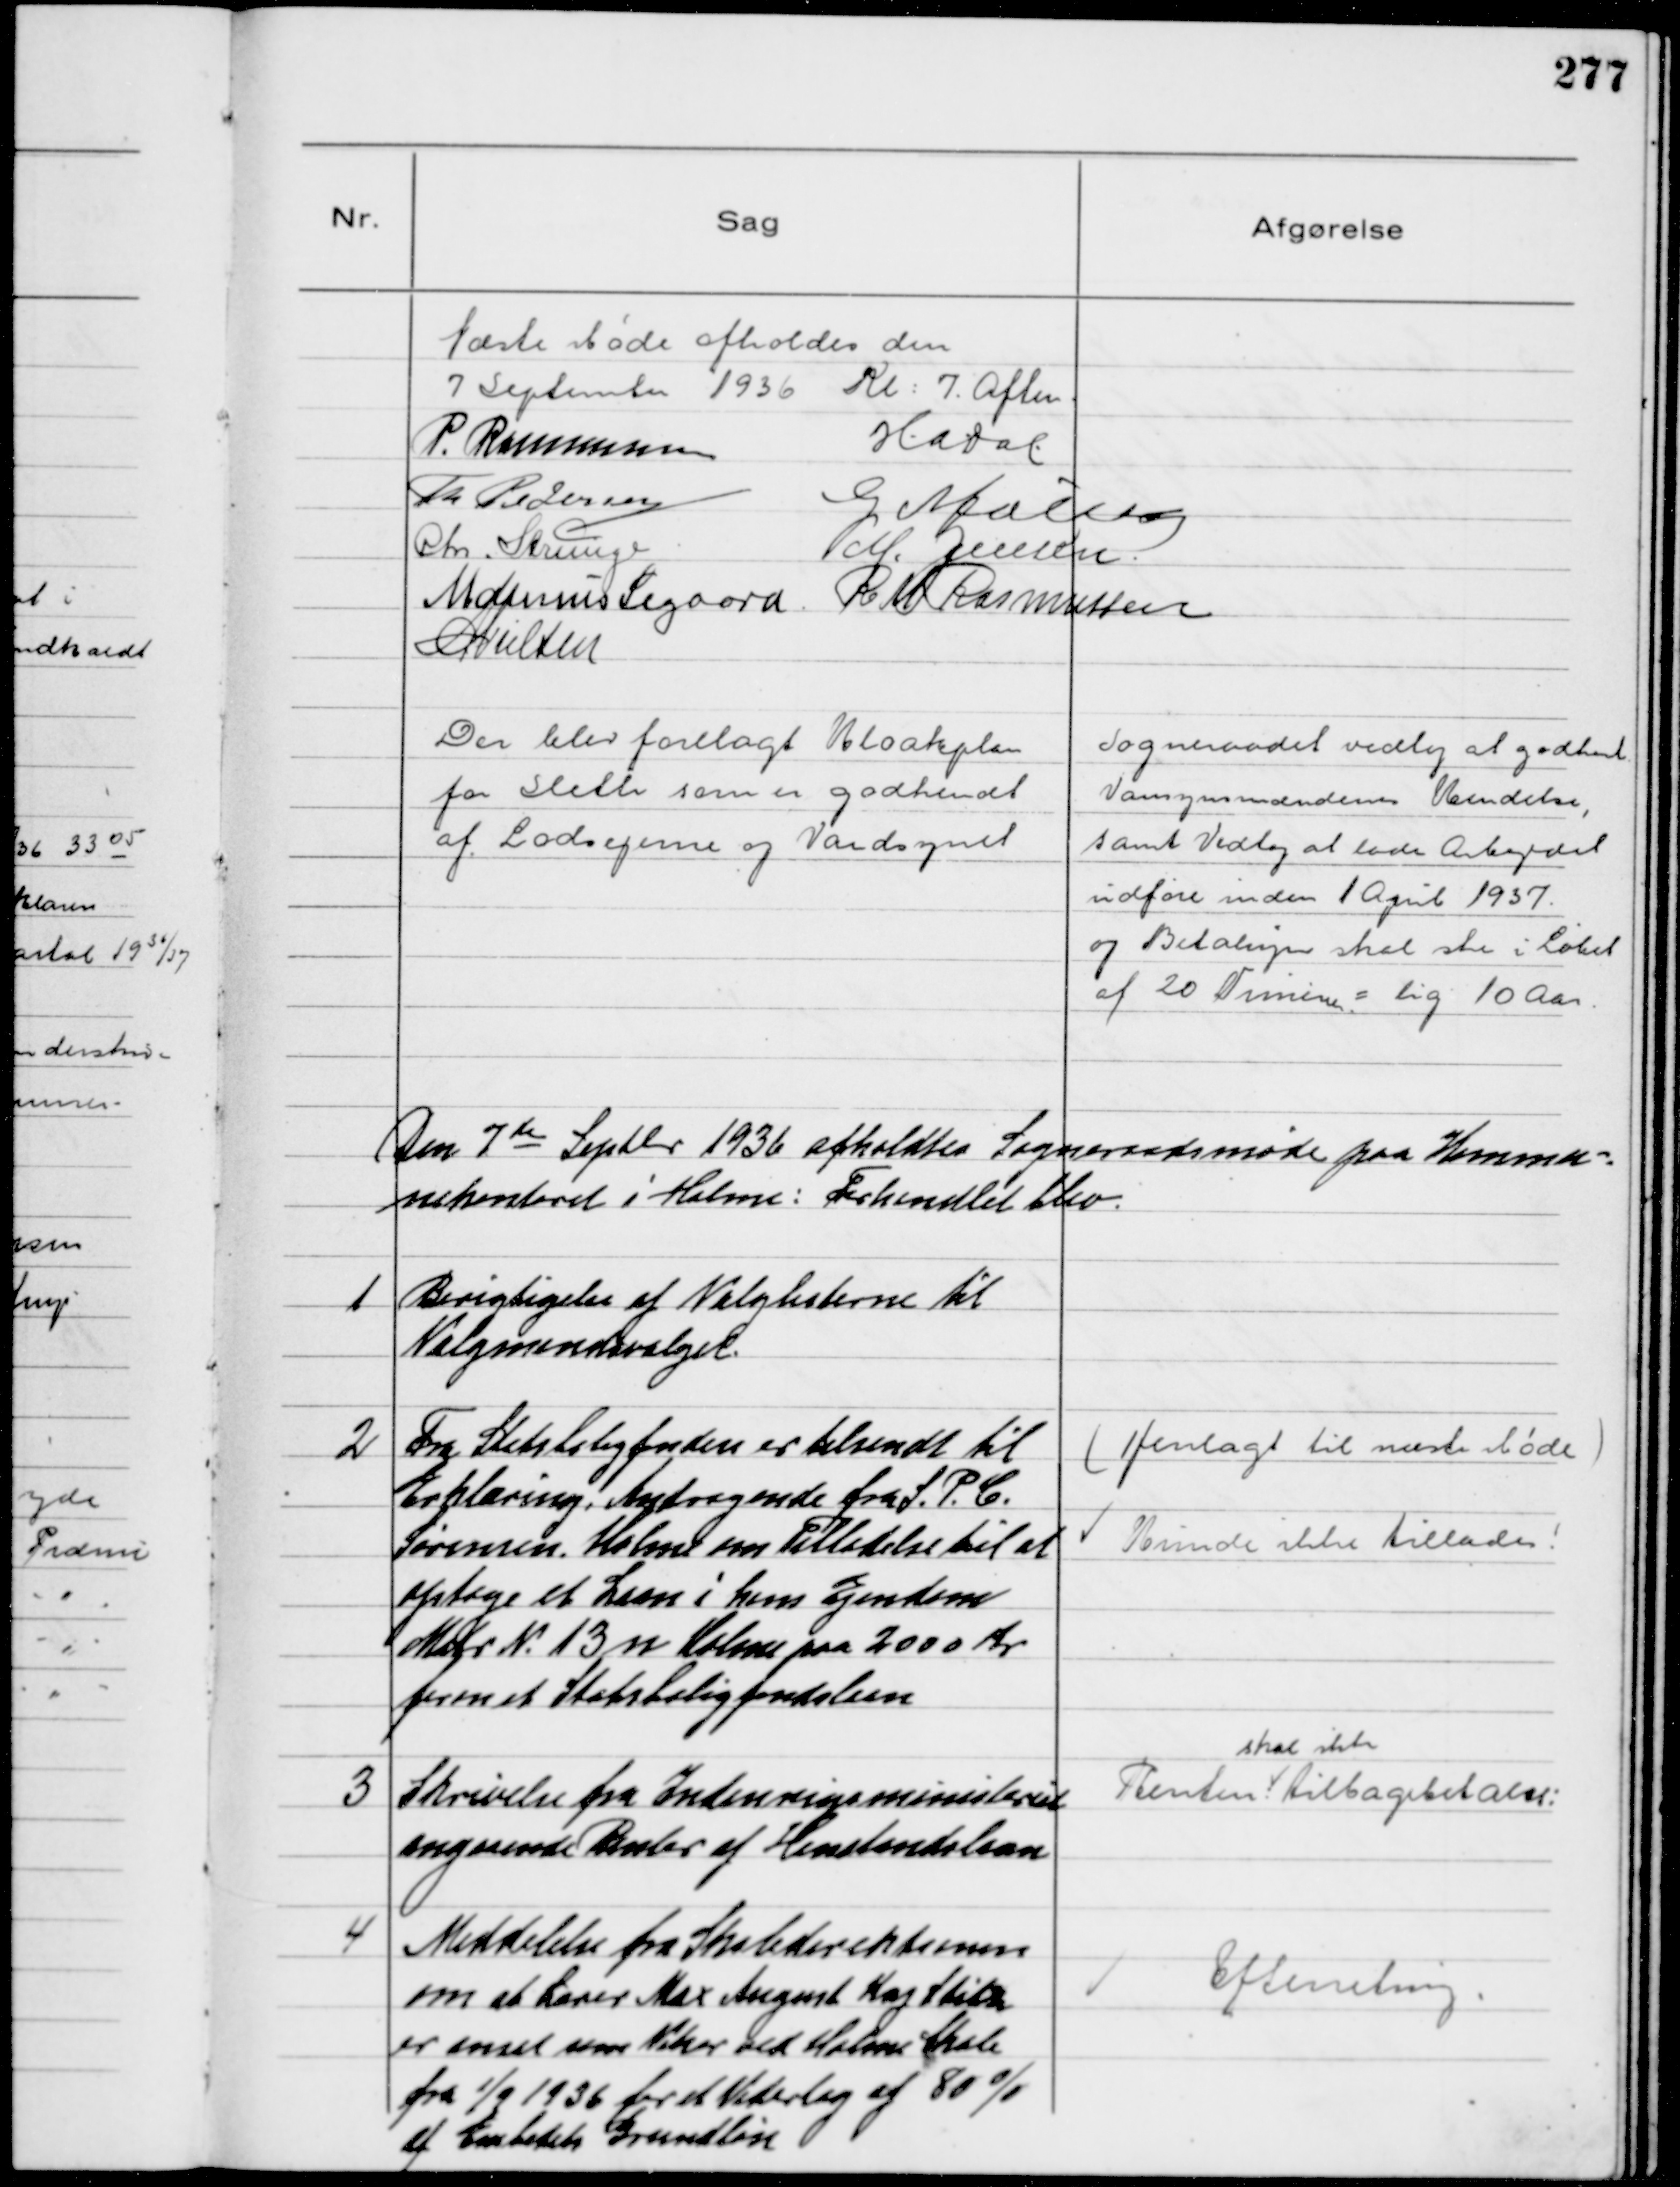
Transskription:
Næste Møde afholdes den
7 September 1936 Kl 7. Aften
P. Rasmussen
HADal
Th Pedersen
G Møller
Chr. Strunge
M. Jensen
Marinus Sigaard
R M Rasmussen
NNielsen

Der blev forelagt Kloakplan
for Sleth som er godkendt
af Lodsejerne og Vandsynet

Sogneraadet vedtog at godkende
Vandsynsmændenes Kendelse,
samt Vedtog at lade Arbejdet
udføre inden 1 April 1937
og Betalingen skal ske i Løbet
af 20 Terminer = 10 Aar

Den 7de Septbr. 1936 afholdtes Sogneraadsmøde paa Kommu-
nekontoret i Holme: Forhandlet blev

1
Berigtigelse af Valglisterne til
Valgmandsvalget

2
Fra Statsboligfonden er tilsendt til
Erklæring, Andragende fra S. P. C.
Sørensen, Holme om Tilladelse til at
optage et Laan i hans Ejendom
Matr N. 13n Holme paa 2000 Kr
foran et Statsboligfondslaan

(Henlagt til næste Møde)
Kunde ikke tillades!

3
Skrivelse fra Indenrigsministeriet
angaaende Renter af Henstandslaan

Renten
skal ikke
tilbagebetales

4
Meddelelse fra Skoledirektionen
om at Lærer Max August Kaj Stitz
er ansat som Vikar ved Holme Skole
fra 1/9 1936 for et Vederlag af 80%
af Embedets Grundløn

Efterretning